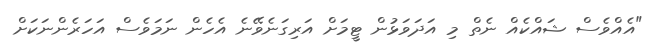
"އެއްވެސް ޝައްކެއް ނެތް މި އަދަވަޅުން ޓީމަށް އަރިގަނެވޭނެ އެހެން ނަމަވެސް އަހަރެންނަކަށް